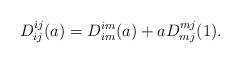
LaTeX: \begin{align*}D^{ij}_{ij}(a)=D^{im}_{im}(a)+aD^{mj}_{mj}(1).\end{align*}